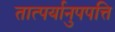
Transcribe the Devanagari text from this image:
तात्पर्यानुपपत्ति